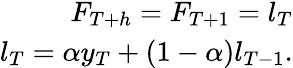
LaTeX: \begin{array}{r}{F_{T+h}=F_{T+1}=l_{T}}\\ {l_{T}=\alpha y_{T}+(1-\alpha)l_{T-1}.}\end{array}